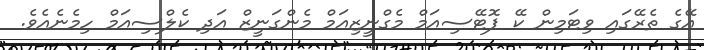
އޭގެ ތެރޭގައި ވިޓަމިން ކޭ ޕޮޓޭސިއަމް މެގްނީޒިއަމް މެންގަނީޒް އަދި ކެލްސިއަމް ހިމެނެއެވެ.